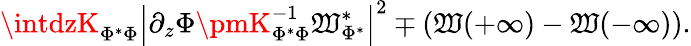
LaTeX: \intdzK_{\Phi^{*}\Phi}\left|\partial_{z}\Phi\pmK_{\Phi^{*}\Phi}^{-1}\mathfrak{W}_{\Phi^{*}}^{*}\right|^{2}\mp\left(\mathfrak{W}(+\infty)-\mathfrak{W}(-\infty)\right).